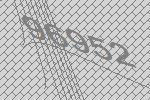
96952